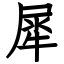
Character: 犀